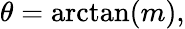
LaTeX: \theta=\arctan(m),